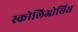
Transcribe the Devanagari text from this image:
स्कोलिओसिस